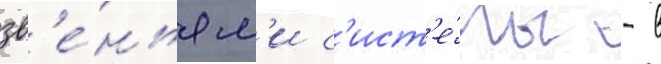
зв'е́ньям'и с'ист'е́мы - в